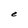
Character: e